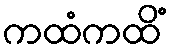
ကထံကထိံ